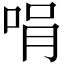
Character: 𠱝